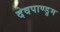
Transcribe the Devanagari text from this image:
देवपाण्डुम